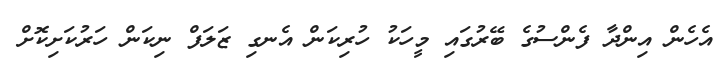
އެހެން އިންދާ ފެންސުގެ ބޭރުގައި މީހަކު ހުރިކަން އެނގި ޒަލަފް ނިކަން ހަރުކަށިކޮށް